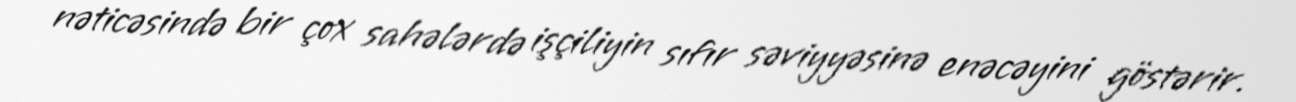
nəticəsində bir çox sahələrdə işçiliyin sıfır səviyyəsinə enəcəyini göstərir.